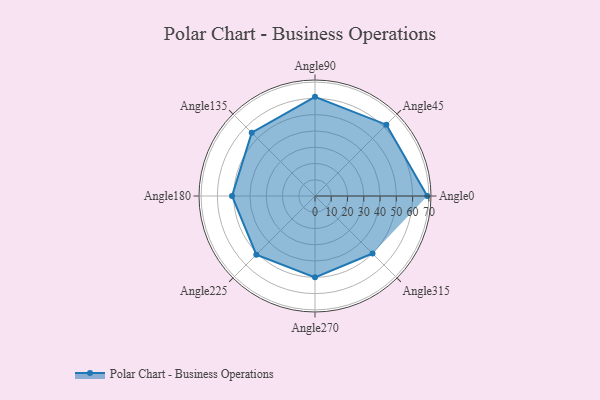
{"axis": {"x": "Angle", "y": "Radius"}, "legend": [""], "data": [{"x": "Angle0", "y": 69.0, "type": ""}, {"x": "Angle45", "y": 62.0, "type": ""}, {"x": "Angle90", "y": 61.0, "type": ""}, {"x": "Angle135", "y": 55.0, "type": ""}, {"x": "Angle180", "y": 51.0, "type": ""}, {"x": "Angle225", "y": 51.0, "type": ""}, {"x": "Angle270", "y": 50, "type": ""}, {"x": "Angle315", "y": 50, "type": ""}]}